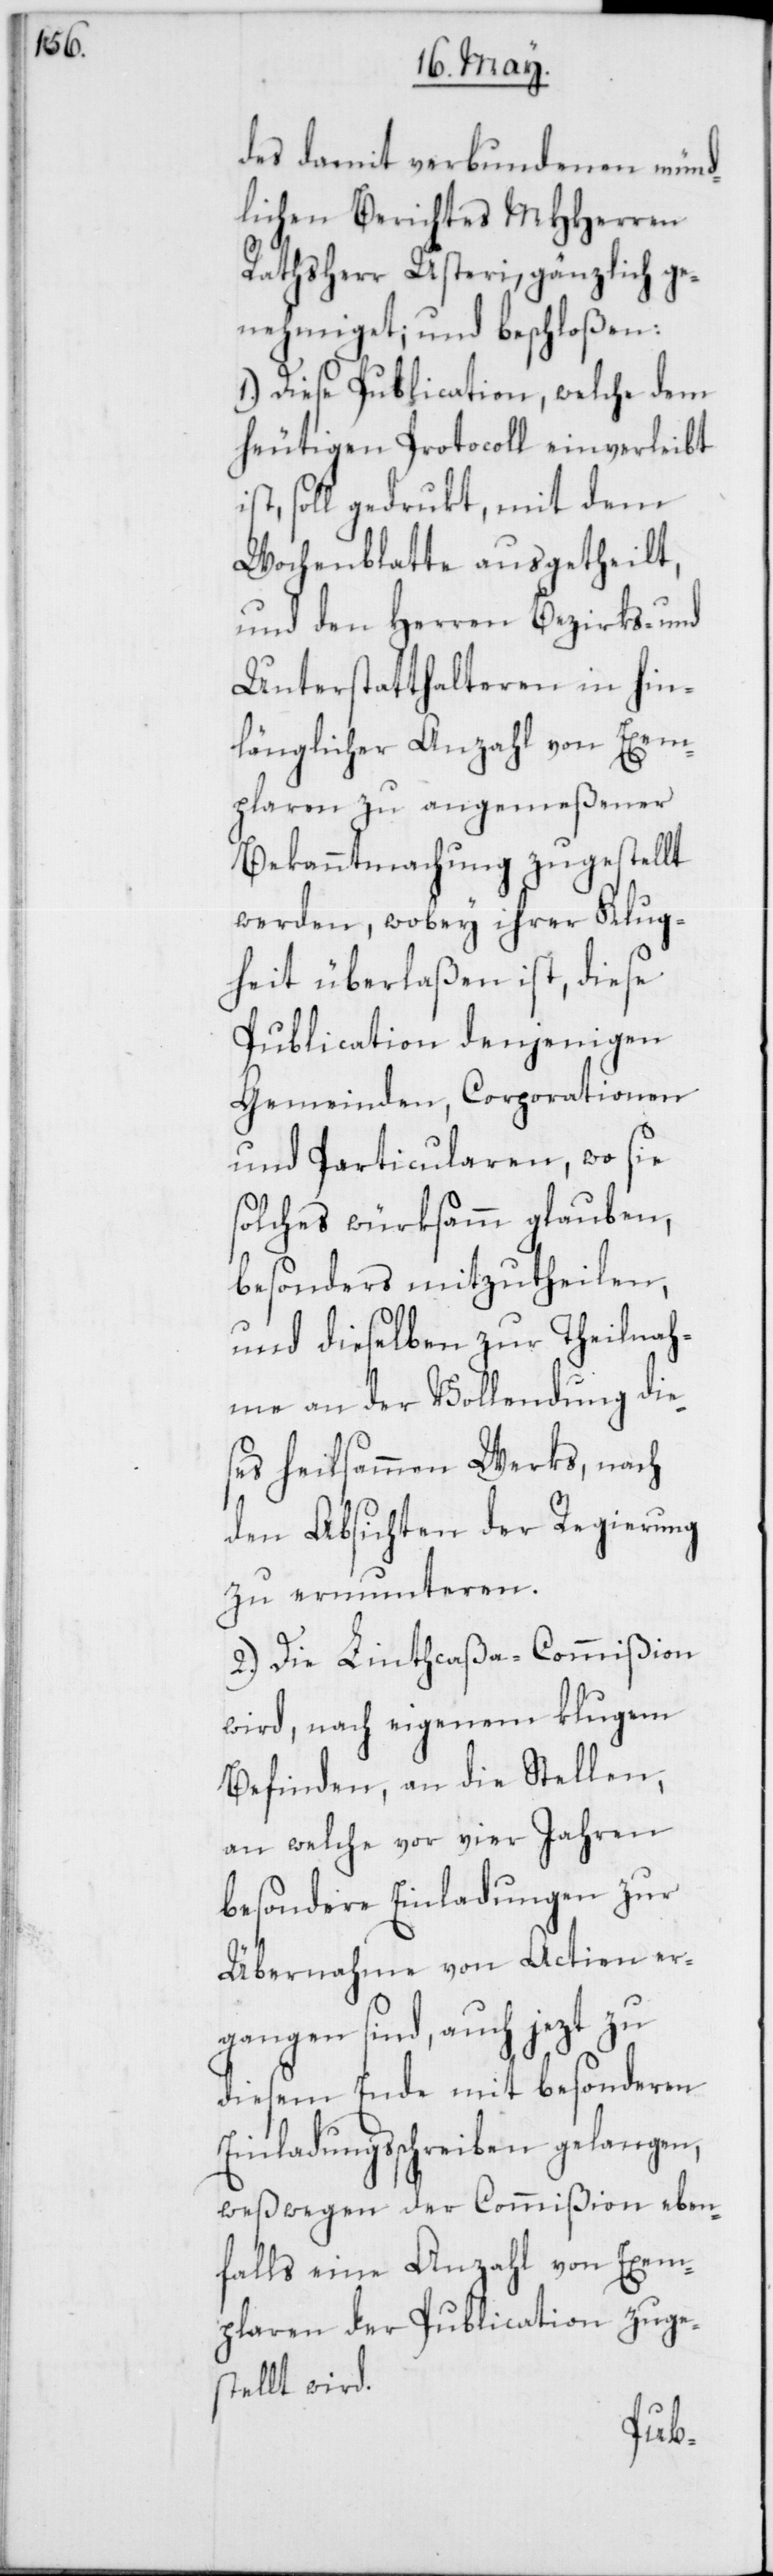
des damit verbundenen münd¬
lichen Berichtes MHHerren
Rathsherr Usteri, gänzlich ge¬
nehmiget, und beschloßen:
1.) Diese Publication, welche dem
heutigen Protocoll einverleibt
soll gedrukt, mit dem
Wochenblatte ausgetheilt,
und den Herren Bezirks- und
Unterstatthalteren in hin¬
länglicher Anzahl von Exem¬
plaren zu angemeßener
Bekanntmachung zugestellt
werden, wobey ihrer Klug¬
heit überlaßen ist, diese
Publication denjenigen
Gemeinden, Corporationen
und Particularen, wo sie
solches würksamm glauben,
besonders mitzutheilen,
und dieselben zur Theilnah¬
me an der Vollendung die¬
ses heilsammen Werks, nach
den Absichten der Regierung
zu ermunteren.
2.) Die Linthcaßa-Commißion
wird, nach eigenem klugen
Befinden, an die Stellen,
an welche vor vier Jahren
besondere Einladungen zur
Übernahme von Actien er¬
gangen sind, auch jezt zu
diesem Ende mit besonderen
Einladungsschreiben gelangen,
weßwegen der Commißion eben¬
falls eine Anzahl von Exem¬
plaren der Publication zuge¬
stellt wird.